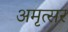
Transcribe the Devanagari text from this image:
अमृत्सर